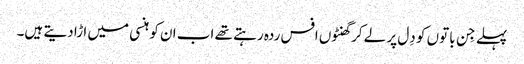
پہلے جِن باتوں کو دِل پر لے کر گھنٹوں افس ردہ رہتے تھے اب ا ن کو ہنسی میں ا ڑا دیتے ہیں۔